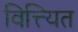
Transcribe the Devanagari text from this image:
वित्त्यित